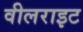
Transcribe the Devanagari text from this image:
वीलराइट